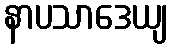
နာပသာဒေယျ